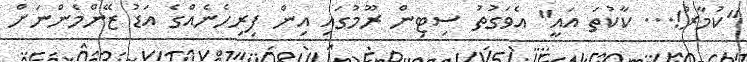
"ކުމާރު!... ކާކުތަ އައީ" އެވަގުތު ސިޓިން ރޫމުގައި އިން ފިރިހެނެއްގެ އަޑު ޒޭންމެންނަށް